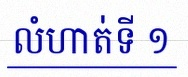
លំហាត់ទី ១